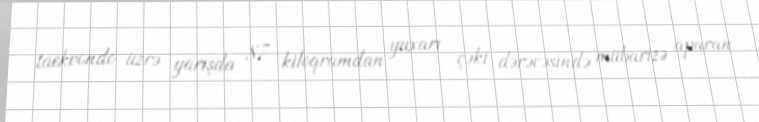
taekvondo üzrə yarışda 87 kiloqramdan yuxarı çəki dərəcəsində mübarizə aparan